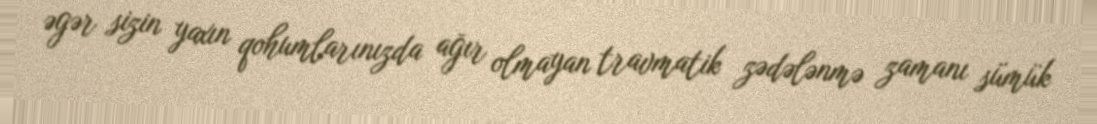
əgər sizin yaxın qohumlarınızda ağır olmayan travmatik zədələnmə zamanı sümük